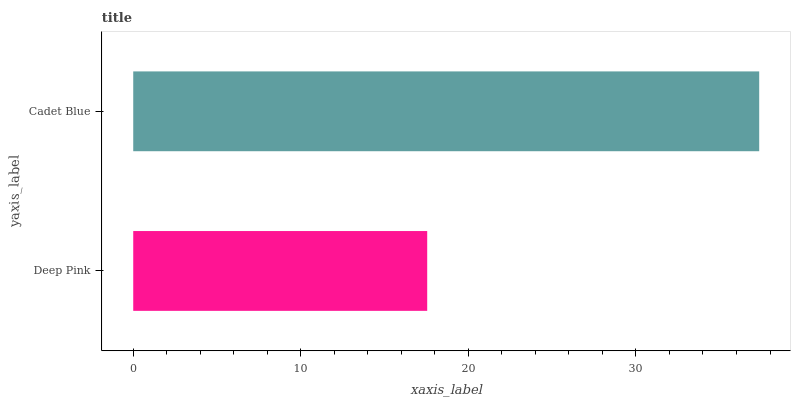
| yaxis_label | bars |
 | --- | --- |
 | Deep Pink | 17.5 |
 | Cadet Blue | 37.4 |